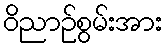
ဝိညာဉ်စွမ်းအား